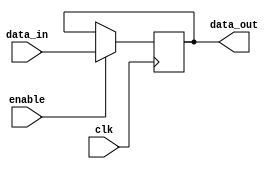
module timing_control_and_sync (
    input wire clk,
    input wire enable,
    input wire [7:0] data_in,
    output reg [7:0] data_out
);

reg [7:0] delay_data;

always @(posedge clk) begin
    if (enable) begin
        delay_data <= data_in;
    end
end

assign data_out = delay_data;

endmodule